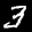
Label: 3